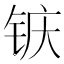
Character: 𮸆